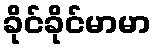
ခိုင်ခိုင်မာမာ